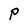
Character: P